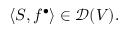
\langle S , f ^ { \bullet } \rangle \in { \mathcal { D } } ( V ) .